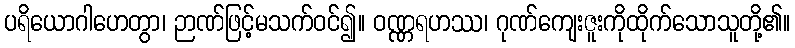
ပရိယောဂါဟေတွာ၊ ဉာဏ်ဖြင့်မသက်ဝင်၍။ ဝဏ္ဏရဟဿ၊ ဂုဏ်ကျေးဇူးကိုထိုက်သောသူတို့၏။